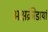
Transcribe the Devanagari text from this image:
अक्षक्रीडायां